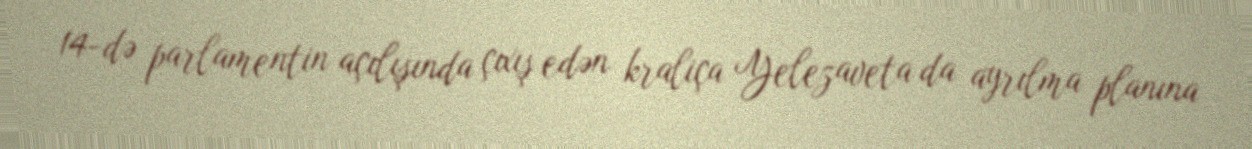
14-də parlamentin açılışında çıxış edən kraliça Yelezaveta da ayrılma planına